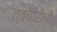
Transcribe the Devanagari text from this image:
त्वचारोगों